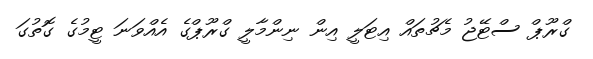
ގްރޫޕް ސްޓޭޖު މެޗުތައް އިޓަލީ އިން ނިންމާލީ ގްރޫޕްގެ އެއްވަނަ ޓީމުގެ ގޮތުގަ